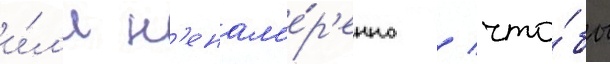
и́л'и н'енам'е́р'енно / что́бы